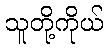
သူတို့ကိုယ်